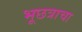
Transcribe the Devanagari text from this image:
भूछत्राचा